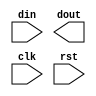
module fsm2ip(din,dout,clk,rst);
    input clk,rst;
	input [1:0] din;
	output [1:0] dout;
	reg [2:0] cst,nst;
	parameter idle=3'b000,s0=3'b001,s1=3'b010,s2=3'b011,s3=3'b100;
	always @(posedge clk,posedge rst)
	  begin
	    if(rst)
		  cst<=idle;
		else
		  cst<=nst;
	  end
	always 
	  begin
	    case(cst)
		  idle:
		    if(din==2'b00)
			  nst<=s0;
			else if(din==2'b01)
			  nst<=s1;
			else if(din==2'b10)
			  nst<=s2;
			else
			  nst<=s3;
		  s0:
		    if(din==0)
			  nst<=s0;
			else if(din==2'b01)
			  nst<=s1;
			else if(din==2'b10)
			  nst<=s2;
			else
			  nst<=s3;
		  s1:
		    if(din==0)
			  nst<=s1;
			else if(din==2'b01)
			  nst<=s1;
			else if(din==2'b10)
			  nst<=s2;
			else
			  nst<=s3;
		  s2:
		    if(din==0)
			  nst<=s2;
			else if(din==2'b01)
			  nst<=s2;
			else if(din==2'b10)
			  nst<=s2;
			else
			  nst<=s3;
		  s3:
		    if(din==0)
			  nst<=s3;
			else if(din==2'b01)
			  nst<=s3;
			else if(din==2'b10)
			  nst<=s3;
			else
			  nst<=s3;
		endcase
	  end
endmodule